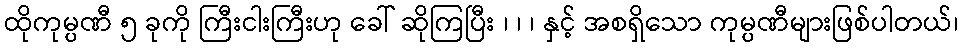
ထိုကုမ္ပဏီ ၅ ခုကို ကြီးငါးကြီးဟု ခေါ် ဆိုကြပြီး ၊ ၊ ၊ နှင့် အစရှိသော ကုမ္ပဏီများဖြစ်ပါတယ်၊